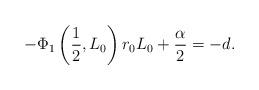
LaTeX: \begin{align*}-\Phi_1\left(\frac{1}{2},L_0\right)r_0 L_0 +\frac{\alpha}{2}=-d.\end{align*}